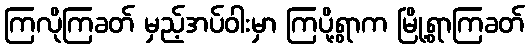
ကြလိုကြခတ် မှည့်အပ်ဝါးမှာ ကြပို့ရွာက မြို့ရွာကြခတ်